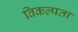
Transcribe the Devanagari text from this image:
विकल्पता